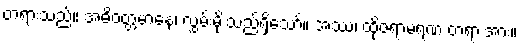
တရားသည်။ အဓိဝတ္တမာနေ၊ လွှမ်းမိုးသည်ရှိသော်။ အဿ၊ ထိုဇရာမရဏ တရားအား။